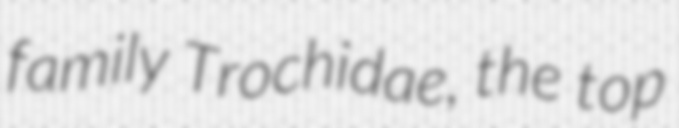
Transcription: family Trochidae, the top